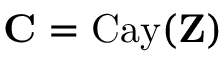
\mathbf { C } = \mathrm { C a y } ( \mathbf { Z } )